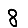
Digit: 8